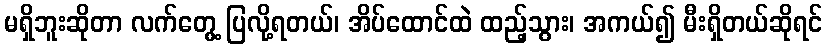
မရှိဘူးဆိုတာ လက်တွေ့ ပြလို့ရတယ်၊ အိပ်ထောင်ထဲ ထည့်သွား၊ အကယ်၍ မီးရှိတယ်ဆိုရင်